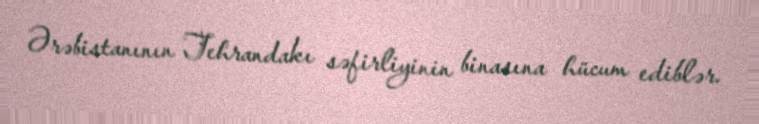
Ərəbistanının Tehrandakı səfirliyinin binasına hücum ediblər.